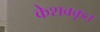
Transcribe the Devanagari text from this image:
केशवकृत